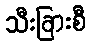
သီးခြားစီ